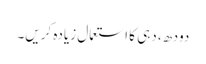
دودھ، دہی کا استعمال زیادہ کریں۔